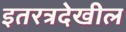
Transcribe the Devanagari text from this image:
इतरत्रदेखील